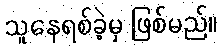
သူနေရစ်ခဲ့မှ ဖြစ်မည်။